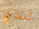
لدي